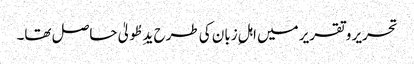
تحریر و تقریر میں اہلِ زبان کی طرح یدِ طُولیٰ حاصل تھا۔